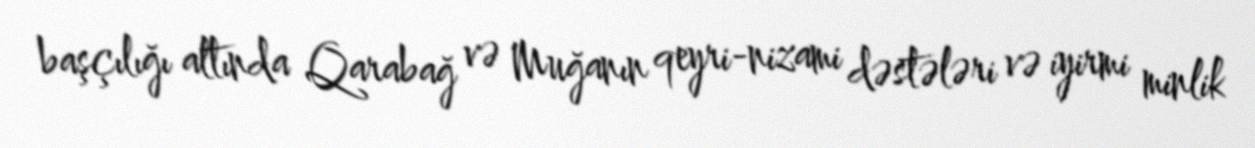
başçılığı altında Qarabağ və Muğanın qeyri-nizami dəstələri və iyirmi minlik